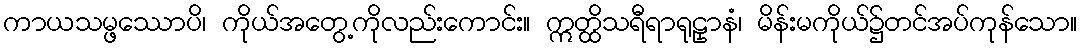
ကာယသမ္ဖဿောပိ၊ ကိုယ်အတွေ့ကိုလည်းကောင်း။ ဣတ္ထိသရီရာရုဠှာနံ၊ မိန်းမကိုယ်၌တင်အပ်ကုန်သော။